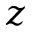
z